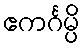
ဧကင်္ဂမ္ပိ